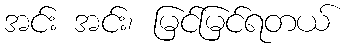
အင်း အင်း၊ မြင်မြင်ရတယ်